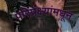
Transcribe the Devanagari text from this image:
परिप्रेक्ष्यांमधून